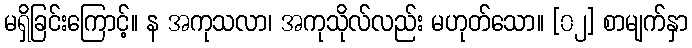
မရှိခြင်းကြောင့်။ န အကုသလာ၊ အကုသိုလ်လည်း မဟုတ်သော။ [၀၂] စာမျက်နှာ